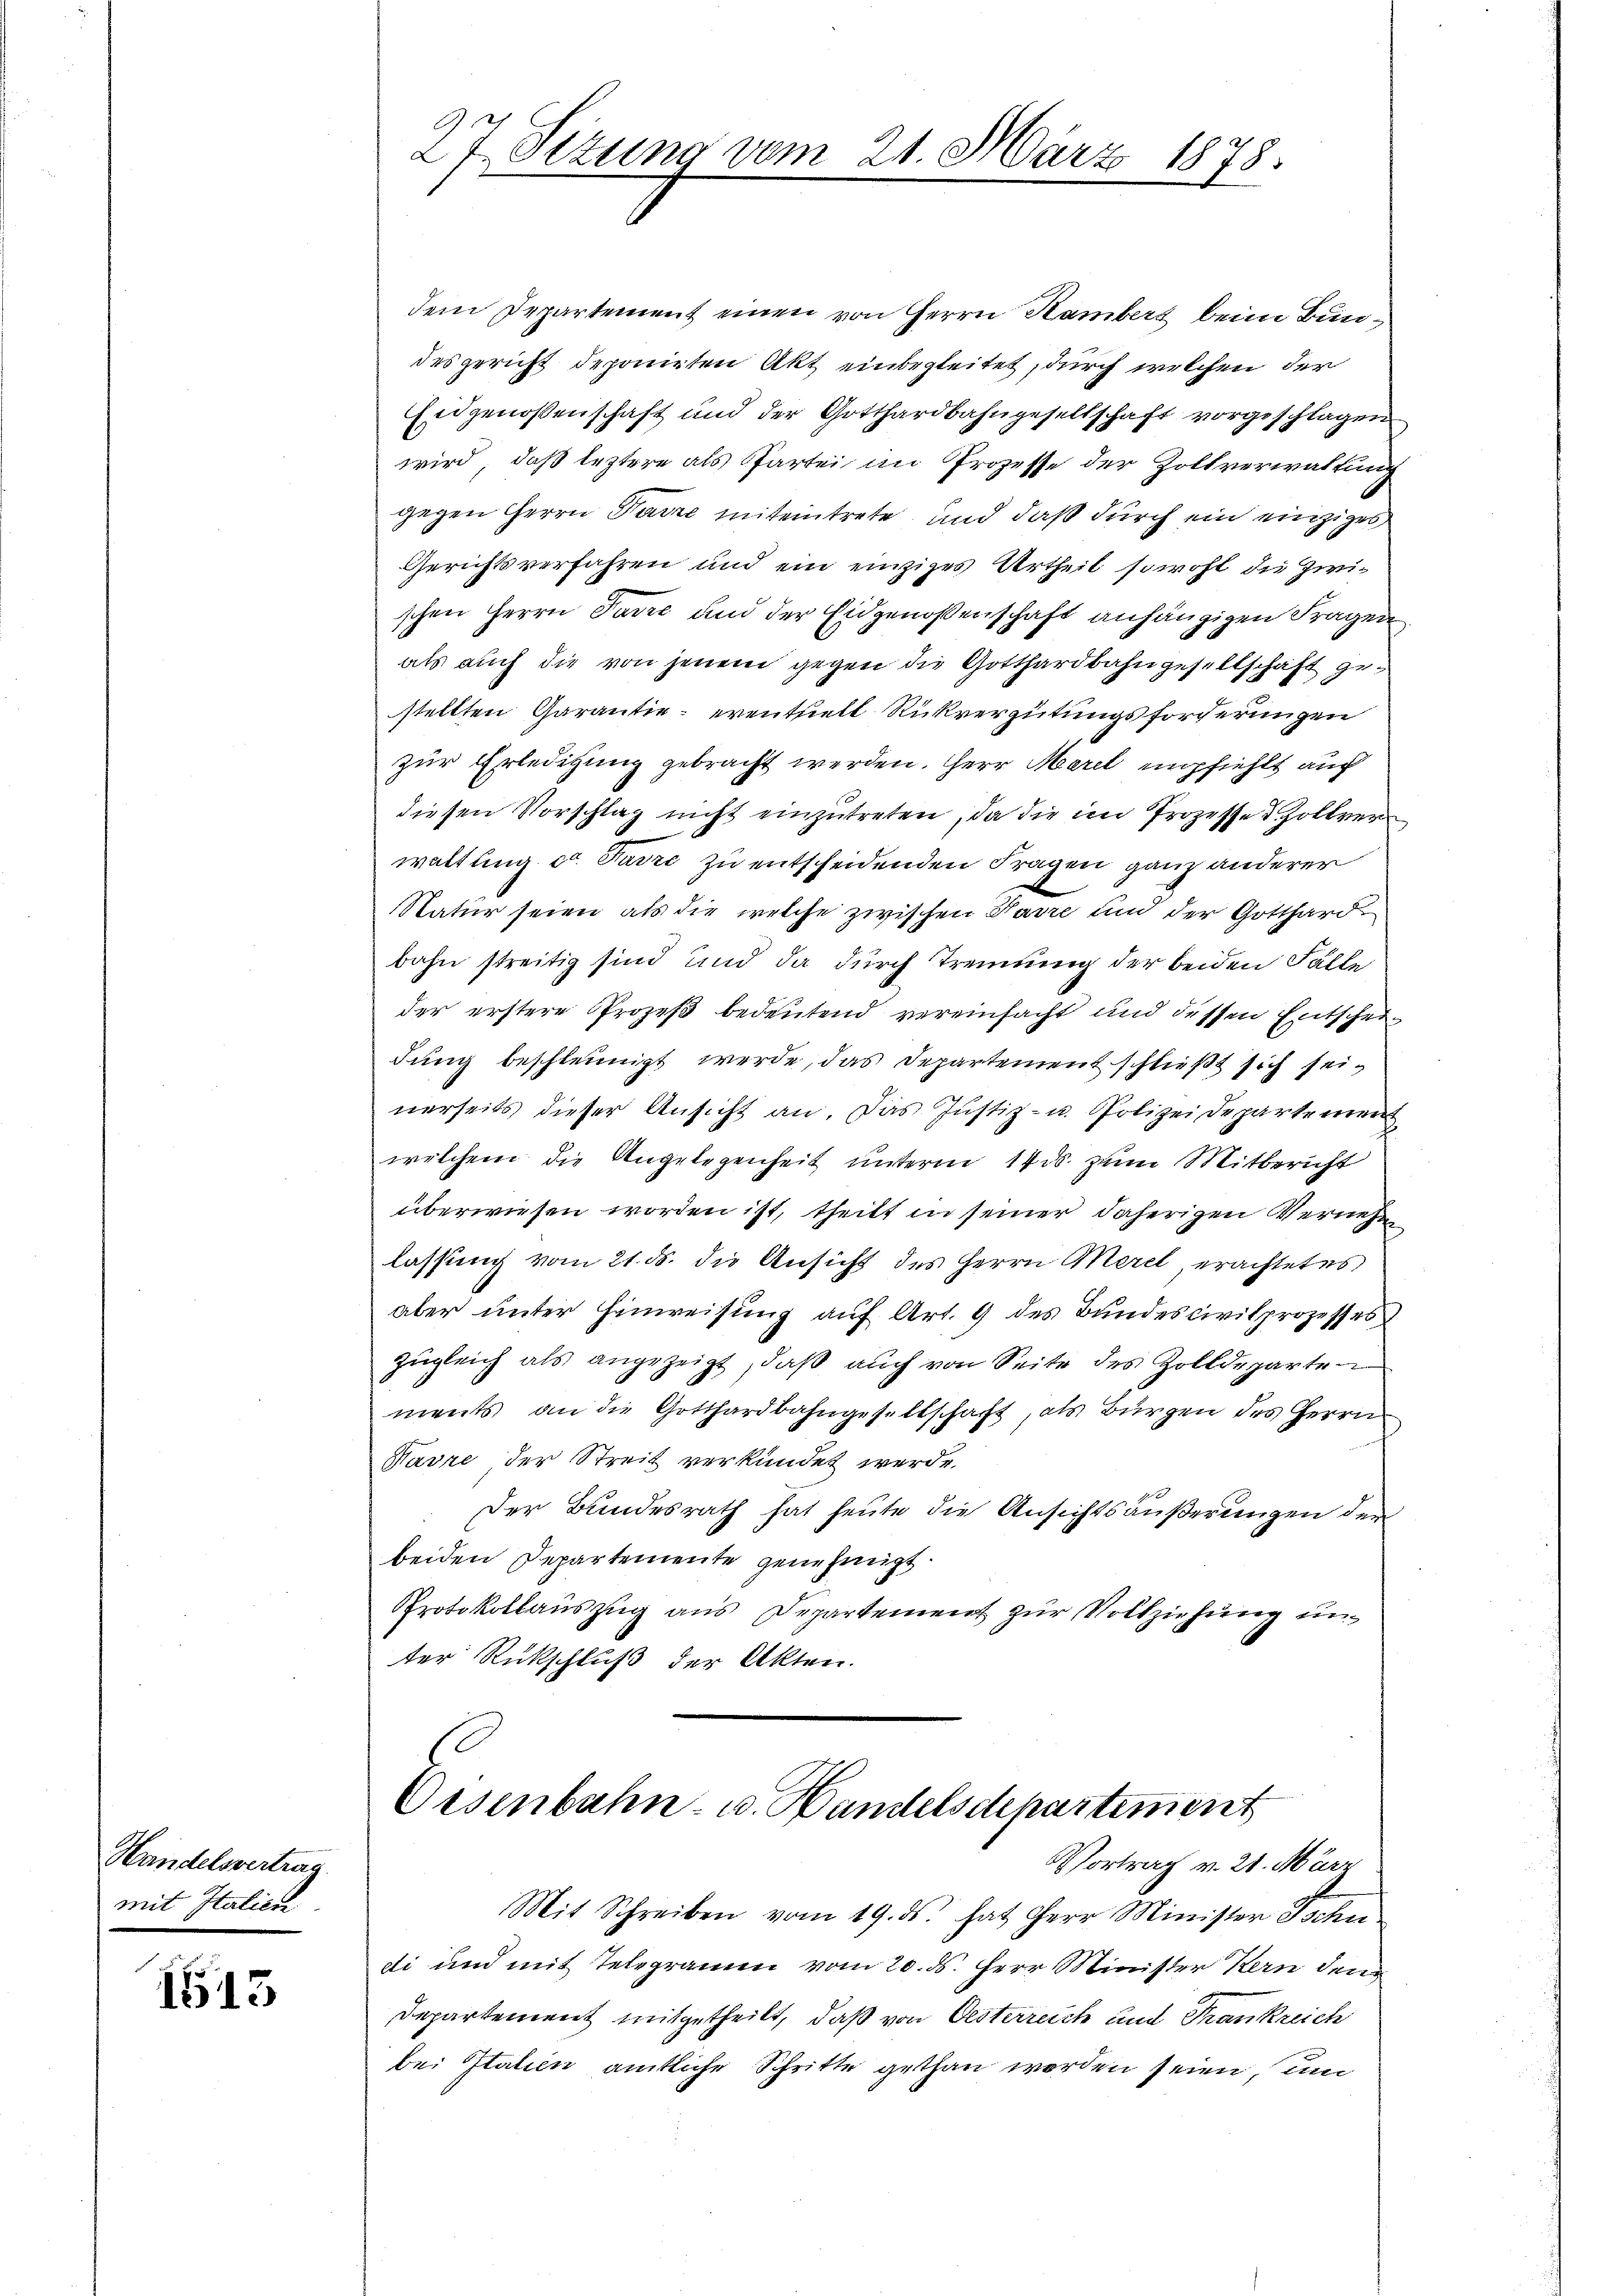
Handelsvertrag
mit Italien

1513

27 Sizung vom 21. März 1878.

dem Departement einen von Herrn Kambert beim Bundes gericht deponirten Akt einbegleitet, durch welchen der
Eidgenoßenschaft und der Gotthardbahngesellschaft vorgeschlagen
wird, daß leztere als Partei im Prozesse der Zollverwaltung
gegen Herrn Parre miteintrete und daß durch ein einziges
Gerichtsverfahren und ein einziges Urtheil sowohl die Zwischen Herrn Parze und der Eidgenossenschaft anhängigen Fragen
als auch die von jenem gegen die Gotthardbahngesellschaft gestellten Garantie eventuell Rückvergütungsforderungen
zur Erledigung gebracht werden. Herr Merl empfiehlt auch
diesen Vorschlag nicht einzutreten, da die im Prozesser Zollver
waltung ca. Parre zu entscheidenden Fragen ganz anderer
Natur seien als die welche zwischen Parre und der Gotthardbahn streitig sind und da durch Trennung der beiden Fälle
der erstere Prozeß bedeutend vereinfacht und dessen Entscheidung beschleunigt werde, das Departement schließt sich seinerseits dieser Ansicht an. Das Justiz- u. Polizei, Departemen
welchem die Angelegenheit unterm 14 ds. zum Mitbericht
überwiesen worden ist, theilt in seiner daherigen Verneh
lassung vom 21. ds. die Ansicht des Herrn Merel, erachtetes
aber unter Hinweisung auf Art. 9 des Bundescivilprozesses
zugleich als angezeigt, daß auch von Seite des Zolldeparte
ments an die Gotthardbahngesellschaft, als Bürgen des Herrn
Havre der Streit verkündet werde.
Der Bundesrath hat heute die Ansichtsäußerungen der
beiden Departemente genehmigt.
Protokollauszug aus Departement zur Vollziehung unter Rückschluß der Akten.

Eisenbahn- u. Handelsdepartement

Vortrag v. 21. März
Mit Schreiben vom 19. ds. hat Herr Minister Tschen.
di und mit Telegramm vom 20. ds. Herr Minister Kern der
Departement mitgetheilt, daß von Oesterreich und Trankreich
bei Italien amtliche Schritte gethan worden seien, um